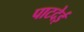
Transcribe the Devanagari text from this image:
पाटदेई